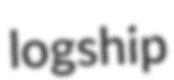
logship